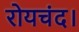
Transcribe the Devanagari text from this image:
रोयचंद।